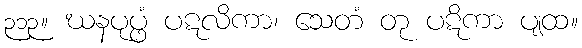
၃၁၃။ ဃနပုပ္ဖံ ပဋလိကာ၊ သေတံ တု ပဋိကာ ပျထ။